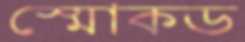
স্মোকড